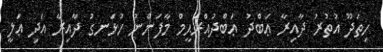
ހިތަދޫ އުތުރު ދާއިރާ ޢަބްދު ޢަބްދުއްރަޙީމް މާފަންނު ހުޅަނގު ދާއިރާ އަދި ޢަލީ